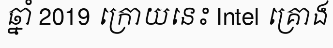
ឆ្នាំ 2019 ក្រោយនេះ Intel គ្រោង